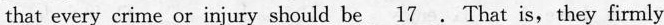
that every crime or injury should be \underline{17}. That is,they firmiy